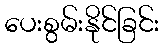
ပေးစွမ်းနိုင်ခြင်း